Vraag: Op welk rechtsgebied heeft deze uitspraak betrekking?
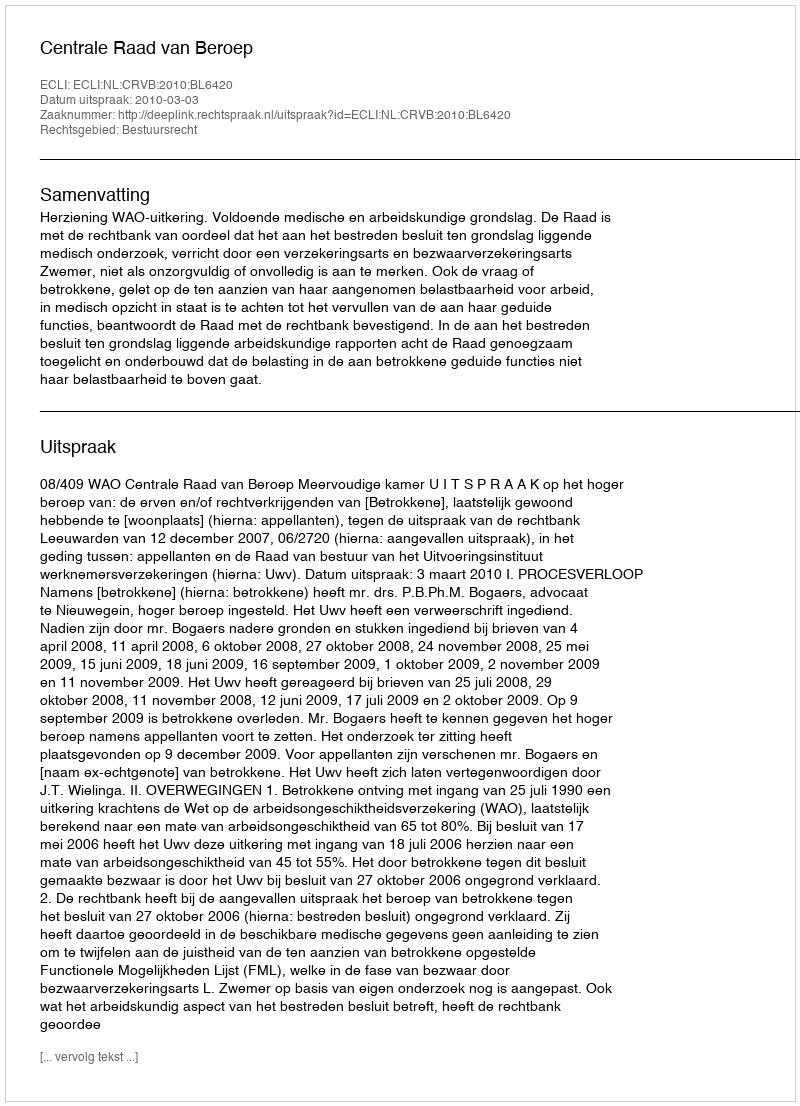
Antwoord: Bestuursrecht